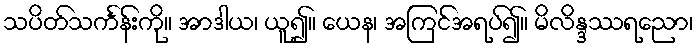
သပိတ်သင်္ကန်းကို။ အာဒါယ၊ ယူ၍။ ယေန၊ အကြင်အရပ်၍။ မိလိန္ဒဿရညော၊